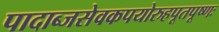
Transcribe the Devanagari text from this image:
पादाब्जसेवकपयोरुहपूतपूष्णः